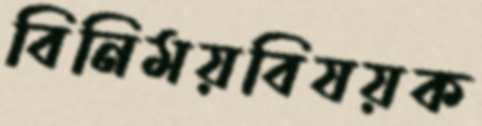
বিনিময়বিষয়ক